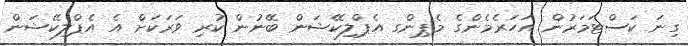
ގިނަ ކަސްޓަމަރުން އަހަރެމެންގެ މެޕިންގ އެޕްލިކޭޝަން ބޭނުން ކުރި ވަރަކަށް އެ އެޕްލިކޭޝަން